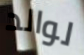
لوالد